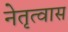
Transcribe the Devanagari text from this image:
नेतृत्वास